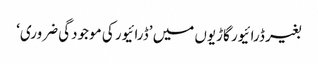
بغیر ڈرائیور گاڑیوں میں ’ڈرائیور کی موجودگی ضروری‘